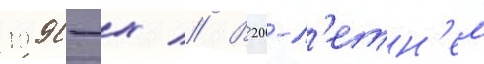
1990-х // В 20-л'етн'ем